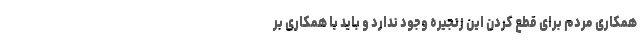
همکاری مردم برای قطع کردن این زنجیره وجود ندارد و باید با همکاری بر